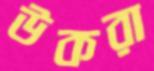
উকরা